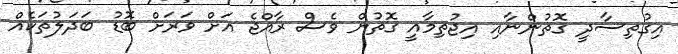
އިގުތިސާދީ ގޮތުންނާއި އިޖުތިމާއީ ގޮތުން ވެސް ރާއްޖެ އަށް ވަރަށް ބޮޑު ބަދަލުތަކެއް